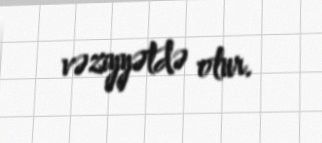
vəziyyətdə olur.